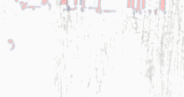
متجر الخضار والفواكه الطا